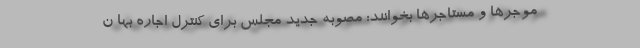
موجرها و مستاجرها بخوانند: مصوبه جدید مجلس برای کنترل اجاره بها ن